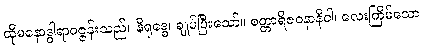
ထိုမနောဒွါရာဝဇ္ဇန်းသည်။ နိရုဒ္ဓေ၊ ချုပ်ပြီးသော်။ စတ္တာရိဇဝနာနိဝါ၊ လေးကြိမ်သော